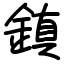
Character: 鎮